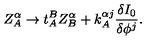
Z _ { A } ^ { \alpha } \rightarrow t _ { A } ^ { B } Z _ { B } ^ { \alpha } + k _ { A } ^ { \alpha j } \frac { \delta I _ { 0 } } { \delta \phi ^ { j } } .